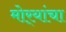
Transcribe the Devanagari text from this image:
मोर्‍यांचा